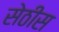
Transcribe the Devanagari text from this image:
सेठीस